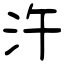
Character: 汻